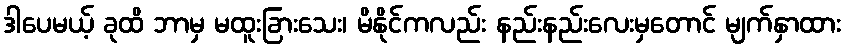
ဒါပေမယ့် ခုထိ ဘာမှ မထူးခြားသေး၊ မိနိုင်ကလည်း နည်းနည်းလေးမှတောင် မျက်နှာထား